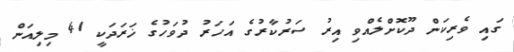
ގައި ވެރިކަން ދޫކޮށްލެއްވި އިރު ސަރުކާރުގެ އަހަރު ދުވަހުގެ ޚަރަދަކީ 41 މިލިއަން